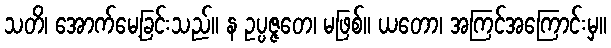
သတိ၊ အောက်မေ့ခြင်းသည်။ န ဥပ္ပဇ္ဇတေ၊ မဖြစ်။ ယတော၊ အကြင်အကြောင်းမှ။